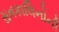
સનકાલિનોની